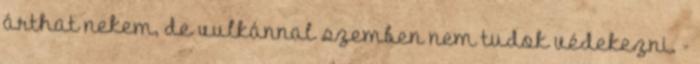
árthat nekem, de vulkánnal szemben nem tudok védekezni. -